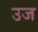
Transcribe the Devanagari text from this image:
उज